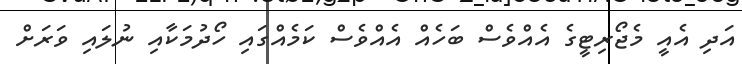
އަދި އެއީ މެޖޯރިޓީގެ އެއްވެސް ބަހެއް އެއްވެސް ކަމެއްގައި ހޯދުމަކާއި ނުލައި ވަރަށް